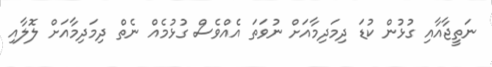
ނަތީޖާއާއި ގުޅުން ކުޑަ ދިމަދިމާއަށް ނުވަތަ އެއްވެސް ގުޅުމެއް ނެތް ދިމަދިމާއަށް ލޮލާއި